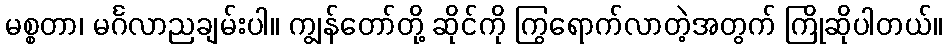
မစ္စတာ၊ မင်္ဂလာညချမ်းပါ။ ကျွန်တော်တို့ ဆိုင်ကို ကြွရောက်လာတဲ့အတွက် ကြိုဆိုပါတယ်။